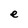
Character: e